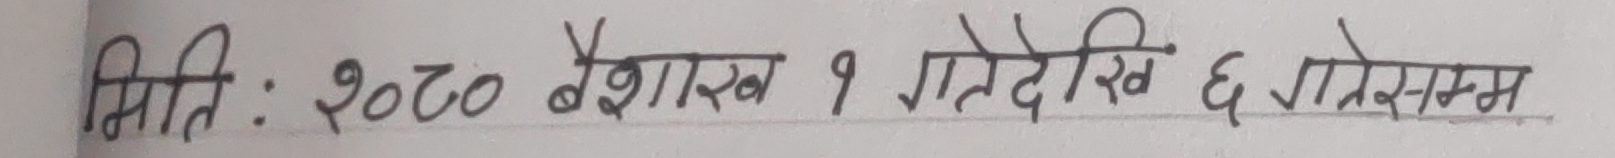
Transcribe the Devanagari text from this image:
मिति: २०८० वैशाख १ गतेदेखि ६ गतेसम्म